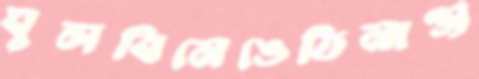
ঘুলবিমেঙেতিনাঞ্জ